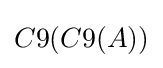
C9(C9(A))